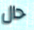
حال